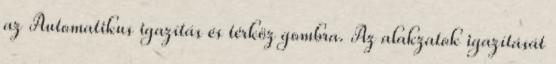
az Automatikus igazítás és térköz gombra. Az alakzatok igazítását